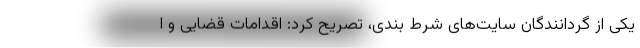
یکی از گردانندگان سایت‌های شرط بندی، تصریح کرد: اقدامات قضایی و ا